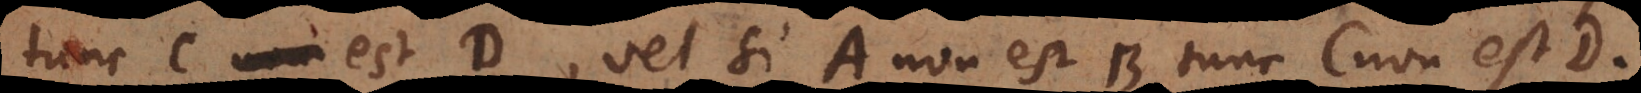
tunc C est D, vel si A non est B tunc C non est D.